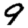
Digit: 9